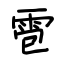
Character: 雹